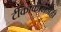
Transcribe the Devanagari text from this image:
टीकाकारानेही